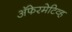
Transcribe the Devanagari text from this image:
अॅफेरमेटिव्ह